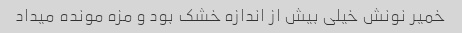
خمیر نونش خیلی بیش از اندازه خشک بود و مزه مونده میداد